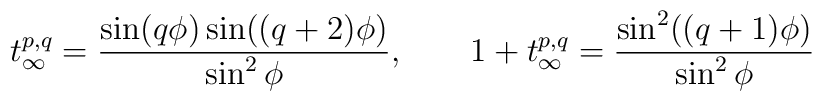
t_\infty^{p,q}=\frac{\sin(q\phi)\sin((q+2)\phi)}{\sin^2\phi},\qquad1+t_\infty^{p,q}=\frac{\sin^2((q+1)\phi)}{\sin^2\phi}